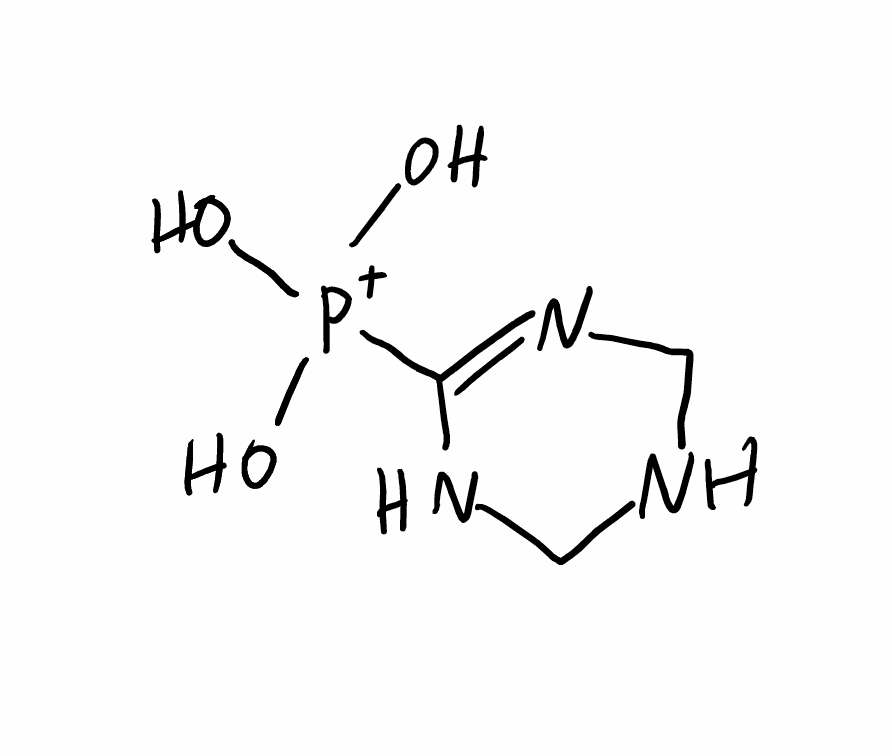
Simplified molecular-input line-entry system (SMILES) notation of the given molecule:
C1NCN=C(N1)[P+](O)(O)O